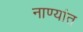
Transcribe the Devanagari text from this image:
नाण्यांत